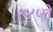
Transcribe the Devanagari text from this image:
१४५वे